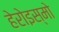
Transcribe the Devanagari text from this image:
हेरोइस्मो